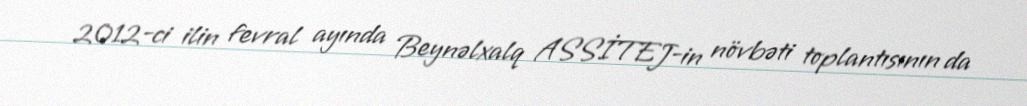
2012-ci ilin fevral ayında Beynəlxalq ASSİTEJ-in növbəti toplantısının da